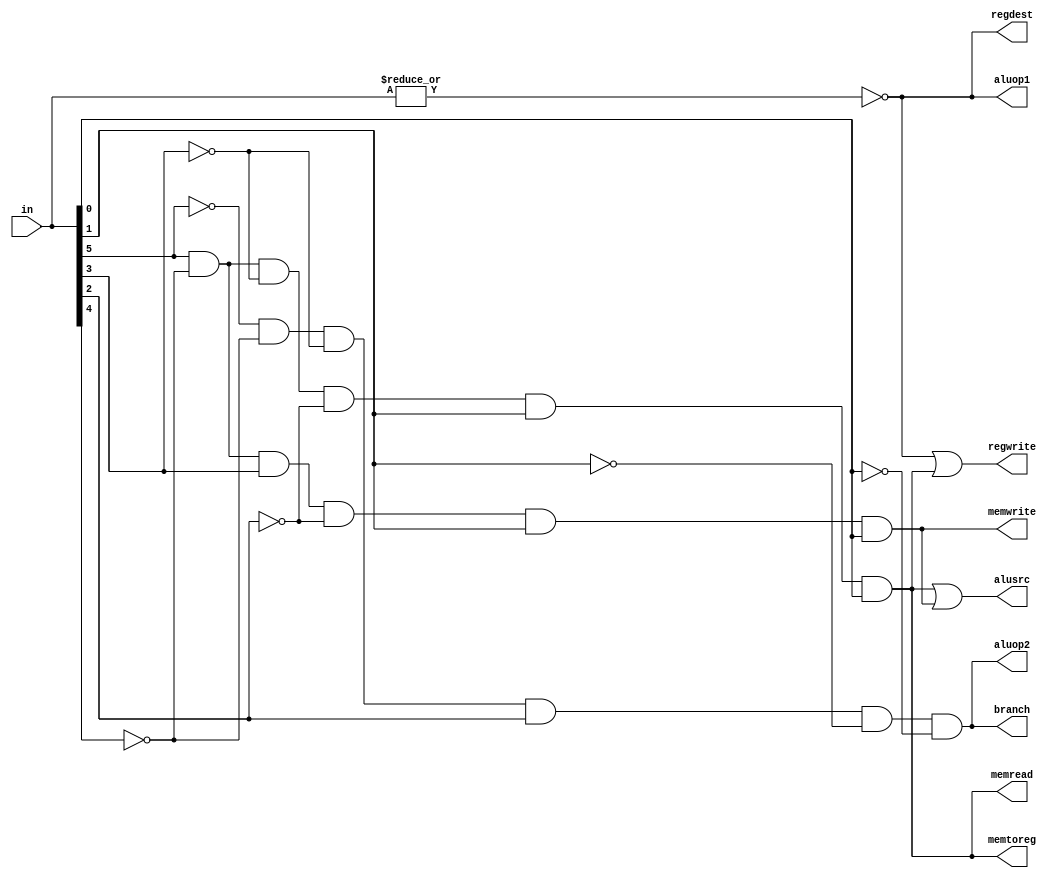
module control(in,regdest,alusrc,memtoreg,regwrite,memread,memwrite,branch,aluop1,aluop2);
input [5:0] in;
output regdest,alusrc,memtoreg,regwrite,memread,memwrite,branch,aluop1,aluop2;
wire rformat,lw,sw,beq;
assign rformat=~|in;
assign lw=in[5]& (~in[4])&(~in[3])&(~in[2])&in[1]&in[0];
assign sw=in[5]& (~in[4])&in[3]&(~in[2])&in[1]&in[0];
assign beq=~in[5]& (~in[4])&(~in[3])&in[2]&(~in[1])&(~in[0]);
assign regdest=rformat;
assign alusrc=lw|sw;
assign memtoreg=lw;
assign regwrite=rformat|lw;
assign memread=lw;
assign memwrite=sw;
assign branch=beq;
assign aluop1=rformat;
assign aluop2=beq;
endmodule